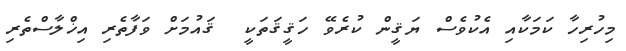
މިހުރިހާ ކަމަކާއި އެކުވެސް ޔަޤީން ކުރެވޭ ހަޤީޤަތަކީ  ޤައުމަށް ވަފާތެރި އިޚްލާސްތެރި